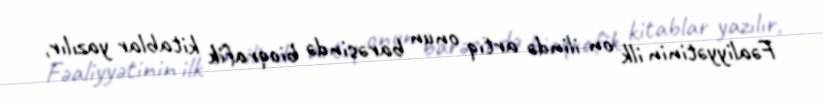
Fəaliyyətinin ilk on ilində artıq onun barəsində bioqrafik kitablar yazılır,